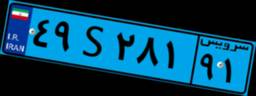
۷۶S۷۴۷۵۵